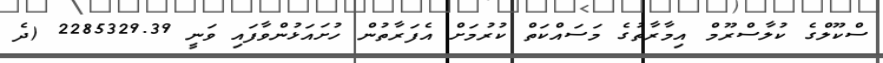
ސްކޫލްގެ ކުލާސްރޫމް އިމާރާތުގެ މަސައްކަތް ކުރުމަށް އެފަރާތުން ހުށައަޅުންވާފައި ވަނީ 2285329.39 (ދެ